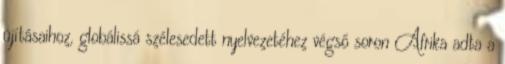
újításaihoz, globálissá szélesedett nyelvezetéhez végső soron Afrika adta a